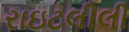
રાઇટલીલી